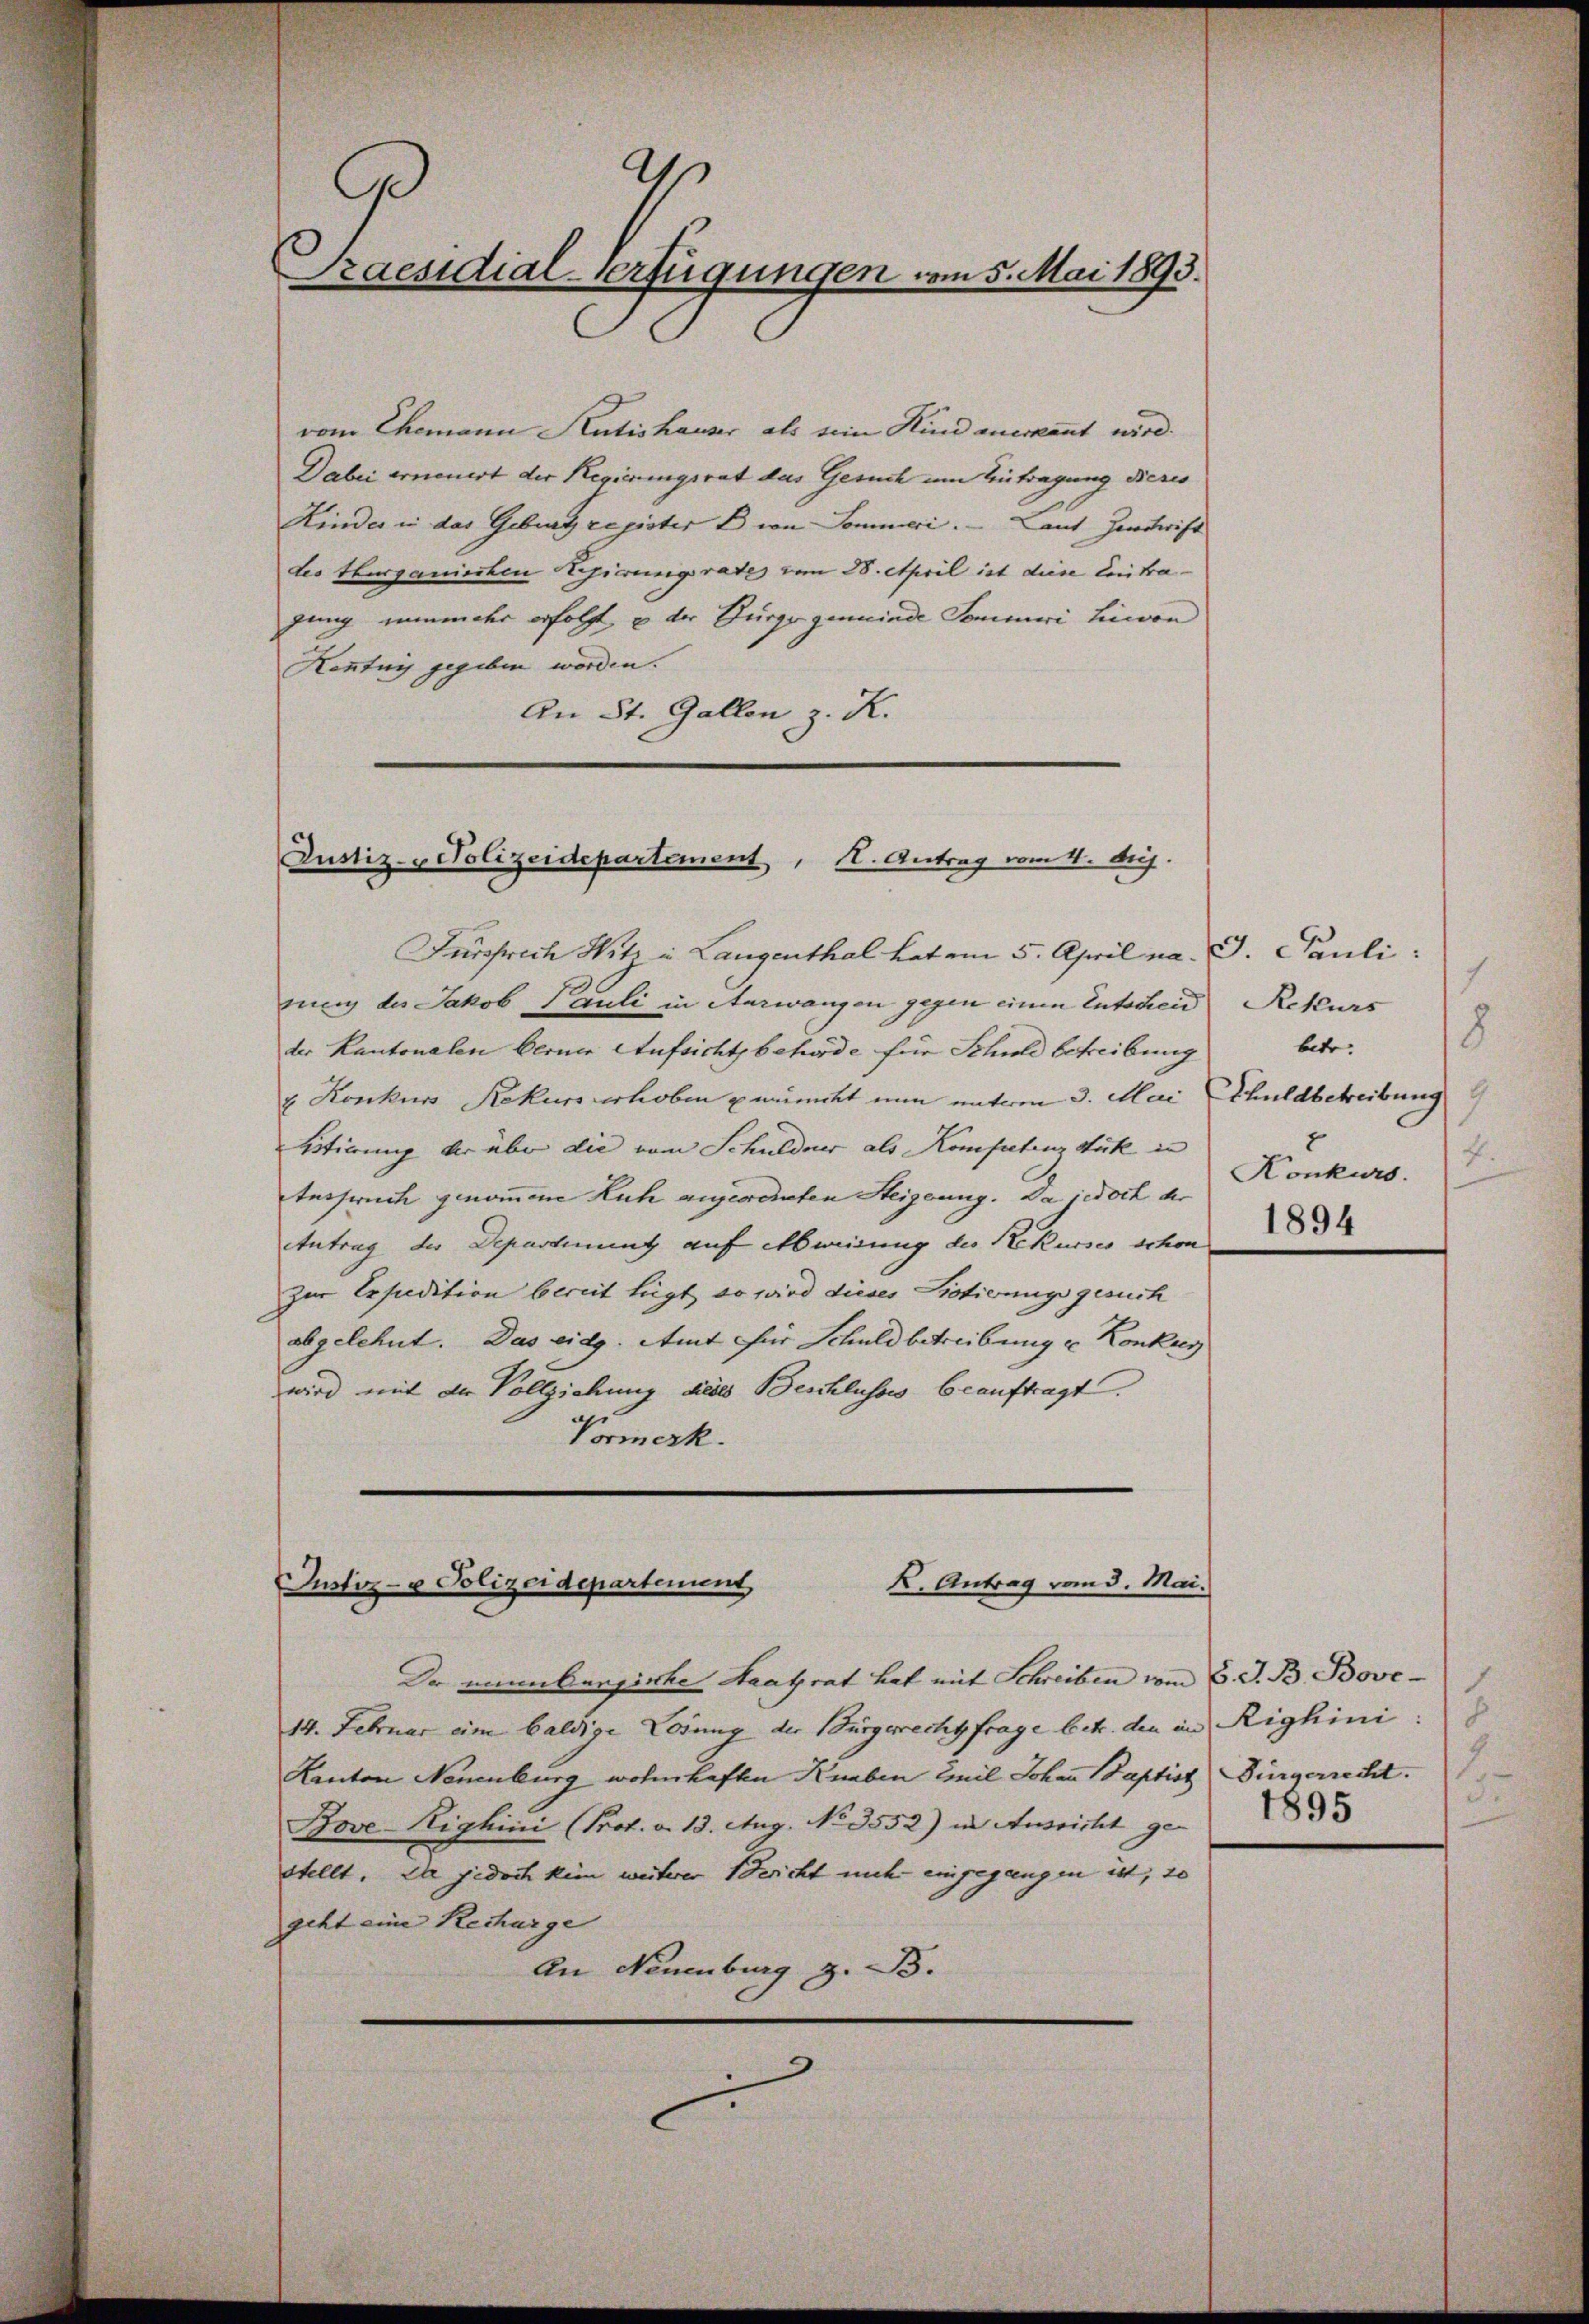
.
9
Praesidial-Verfügungen am 5. Mai 1893.

vom Ehemann Hutishauser als sein Kind anerkannt wird.
Dabei erneuert der Regierungsrat das Gesuch um Eintragung dieses
Kinder in das Gebrat register Ein Sommeri. Laut Zerstift
des Thurganischen Regierungsrates vom 28. April ist diese Centra-
gung einander erfolgt u der Bürge gemeinde Sommari hievon
Kentnn gegeben worden.
An St. Gallen z. K.

Justiz- & Polizeidepartement, K. Antrag vom 4. d.

Fürchrich Witz in Langenthal hat am 5. April na. J. Pauli.
nung des Jakob Pauli in Aarwangen gegen einen Entscheid) Rekurs
der Kantonalen Berner Aufsicht beförde für Schuld betreibung
v. Konkurs Rekurs erhoben würckt nun unterm 3. Mai Schuldbetreibung
Vitierung der über die vom Schuldner als Kompetenzstück in
terpruch genommene Kuh angeredeten Steigung. Da jedoch der
Antrag der Departinung auf Abweisung der Rekurses schon            34
zur Besuedition bereit liegt, so wird dieses Protierungsgesuch
abgelehnt. Das eidg. Amt für Schuldbetreibung u Konkres
wird mit der Vollziehung dieses Beschlusses beauftragt.
Vormerk.

K. Antrag vom 3. Mai.
Justiz- u Polizeidepartement

Ir einbergirte Staatsrat hat mit Schreiben vom 8. J. B. Bove¬
14. Februar eine baldige Lösung der Bürgerrechtfrage betr. den in Righini:
Kanton Neuenburg wohnhaften Knaben Emil Johann Baptist Bürgerrecht.
Bove Highini (Prot. v. 13. Aug. No 3552) in Ausricht ge-
stellt. Die jedoch kein weiterer Bericht mich eingegangen ist, so
geht eine Recharge
An Neuenburg z. B.

8
betr.
9.
4.
Konkurs.

.
3.
1895